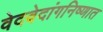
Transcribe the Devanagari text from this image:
वेदवेदांगनिष्णात